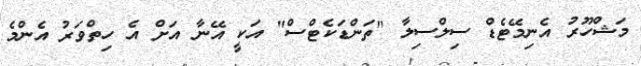
މަޝްހޫރު އެނިމޭޓެޑް ސިލްސިލާ "ތަންޑަކެޓްސް" އަކީ އޭނާ އަށް އެ ހިތްވަރު އެންމެ